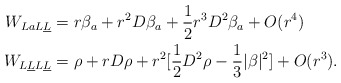
\begin{align*} W_{LaL\underline L}&= r \beta_a +r^2 D\beta_a +\frac{1}{2} r^3 D^2\beta_a+O(r^4) \\ W_{L\underline LL\underline L } &=\rho + r D \rho+r^2 [ \frac{1}{2} D^2 \rho -\frac{1}{3} |\beta|^2]+O(r^3). \end{align*}